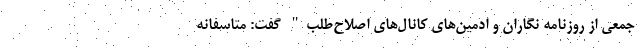
جمعی از روزنامه نگاران و ادمین‌های کانال‌های اصلاح‌طلب" گفت: متاسفانه